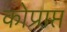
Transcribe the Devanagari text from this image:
कोप्राप्त